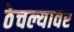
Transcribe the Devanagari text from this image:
ठेचल्यावर